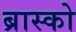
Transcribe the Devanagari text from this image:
ब्रास्को